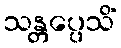
သန္တပ္ပေသိံ